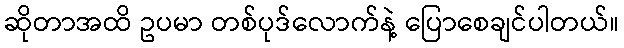
ဆိုတာအထိ ဥပမာ တစ်ပုဒ်လောက်နဲ့ ပြောစေချင်ပါတယ်။